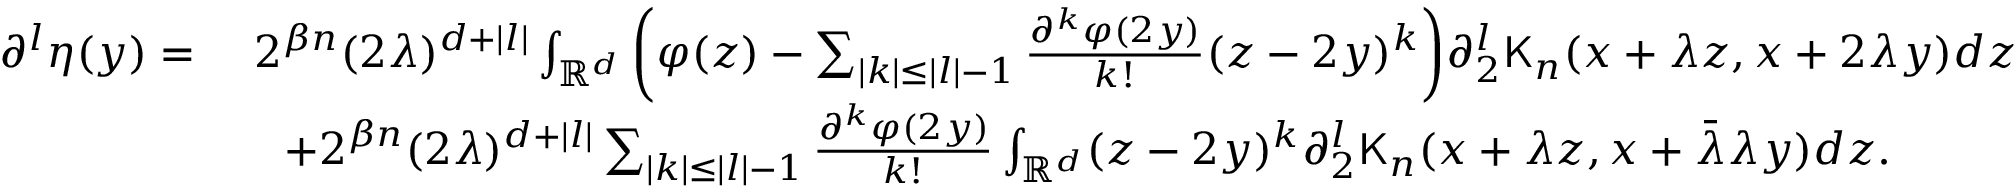
\begin{array} { r l } { \partial ^ { l } \eta ( y ) = } & { \ 2 ^ { \beta n } ( 2 \lambda ) ^ { d + | l | } \int _ { \mathbb { R } ^ { d } } \bigg ( \varphi ( z ) - \sum _ { | k | \leq | l | - 1 } \frac { \partial ^ { k } \varphi ( 2 y ) } { k ! } ( z - 2 y ) ^ { k } \bigg ) \partial _ { 2 } ^ { l } \mathsf { K } _ { n } ( x + \lambda z , x + 2 \lambda y ) d z } \\ & { \quad + 2 ^ { \beta n } ( 2 \lambda ) ^ { d + | l | } \sum _ { | k | \leq | l | - 1 } \frac { \partial ^ { k } \varphi ( 2 y ) } { k ! } \int _ { \mathbb { R } ^ { d } } ( z - 2 y ) ^ { k } \partial _ { 2 } ^ { l } \mathsf { K } _ { n } ( x + \lambda z , x + \bar { \lambda } \lambda y ) d z . } \end{array}